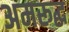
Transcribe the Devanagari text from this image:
अमरूद्ध